Vital statistics of India. Vol. IV, Annual returns from 1871 to 1876. British Army of India, Native Army and jails of Bengal
Year: 1871
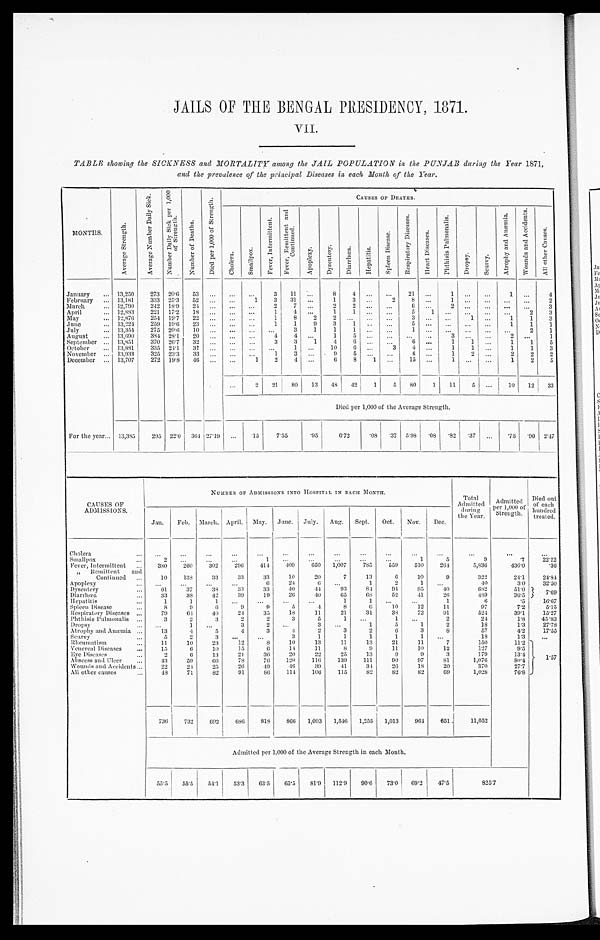
JAILS OF THE BENGAL PRESIDENCY, 1871.
TABLE showing the SICKNESS and MORTALITY among the JAIL POPULATION in the PUNJAB during the Year 1871,
and the prevalence of the principal Diseases in each Month of the Year.
MONTHS.
A v e r a g e S t r e n g t h .
A v e r a g e N u m b e r D a i l y S i c k .
N u m b e r d a i l y S i c k p e r 1 , 0 0 0 o f S t r e n g t h .
N u m b e r o f D e a t h s .
D i e d p e r 1 , 0 0 0 o f S t r e n g t h .
CAUSES or DEATHS.
C h o l e r a .
S m a l l p o x .
F e v e r , I n t e r m i t t e n t .
F e v e r , R e m i t t e d a n d C o n t i n u e d .
A p o p l e x y .
D y s e n t e r y .
D i a r r h œ a .
H e p a t i t i s .
S p l e e n D i s e a s e s .
R e s p i r a t o r y D i s e a s e s .
H e a r t D i s e a s e s .
p h t h i s i s P u l m o n a l i s .
D r o p s y .
S c u r v y .
A t r o p h y a n d A c c i d e n t s .
W o u n d s a n d A c c i d e n t s .
A l l o t h e r C a u s e s .
January ... 13,250
273 20.6 53 ... ... ...
3 11 ...
8
4
... ...
21 ...
1 ...
...
1 ...
4
February ... 13,181
333 25.3 52 ...
...
1
3 31
...
1
3
...
2
8
...
1
... ... ... ...
2
March
... 12,790 242 18.9 24 ... ... ...
2
7
...
2
2
... ...
6
...
2
... ... ... ...
3
April
... 12,883
221 17.2 18 ...
...
...
1
4 ...
1
1 ... ...
5
1 ... ...
... ...
2
3
May
... 12,876
254 19.7 22 ... ... ...
1
8
2
2
... ... ...
3 ... ...
1 ...
1
1
3
June
... 13,224
259 19.6 23 ... ... ...
1
1
9
3
1
. .
...
5
... ... ... ...
1
1
1
July
... 13,354 275 20.6 10 ... ... ... ...
3
1
1
1
... ...
1 ... ... ...
... ...
2
1
August
... 13,690
384 28.1
20
...
... ...
4
4
...
1
5
... ... ... ...
3
...
...
2
...
1
September ... 13,851
370 26.7 32 ... ...
...
3
3
1
4
6
... ...
6 ...
1
1 ...
1
1
5
October
... 13,881
335 24.1 31 ...
... ... ...
1 ...
10
6
...
3
4
...
1
1
...
1
1
3
November ... 13,933
325 23.3 33 ...
... ...
1
3
...
9
5 ... ...
6 ...
1
2
...
2
2
2
December ... 13,707
272 19.8
46
...
...
1
2
4
...
6
8
1 ...
15 ...
1 ... ...
1
2
5
...
2 21 80 13 48 42
1
5 80
1 11
5 ...
10 12 33
Died per 1,000 of the Average Strength.
For the year... 13,385
295 22.0 364 27.19 ... .15
7.55
.95
6.72
.08 .37 5.98
. 0 8 .82 .37 ... .75 .90 2. 47
CAUSES OF
ADMISSIONS.
NUMBER OF ADMISSIONS INTO HOSPITAL IN EACH MONTH.
Total Admitted
during
the Year.
Admi t t ed per 1, 000 of St r engt h.
D i e d o u t o f e a c h h u n d r e d
treated.
Jan. Feb. March. April. May. June. July. Aug. Sept. Oct. Nov. Dec.
C h o l e r a .
. . .
...
...
...
...
...
...
...
...
...
...
. . .
...
...
. . .
...
Smallpox
...
2
. . . ...
...
1
. . .
. . .
. . .
. . .
. . .
1
5
9
.7
22.22
Fever, Intermittent
. . . 380
260
302
296
414
409
650 1,007
785 559
510
264
5,836
436.0
.36
„ Remittent and
Continued
. . .
10
138
33
33
33
10
20
7
13
6
10
9
322
24.1
24.84
Apoplexy
. . . ...
...
...
...
6
24
6 ...
1
2
1 ...
40
3.0
32.50
Dysentery
...
61
37
38
33
33
40
4 4
93
84
94
85
40
682
51.0
7 . 6 9
Diarrhœa
...
33
38
42
39
19
26
40
65
68
52
41
2 6
489
36.5
Hepatitis
...
1
1
1
...
...
...
...
1
1
... ...
1
6
. 5
1 6 . 6 7
Spleen Disease
...
8
9
6
9
9
5
4
8
6
1 0
1 2
1 1
9 7
7 . 2
5 . 1 5
Respiratory Diseases ...
79
64
40
24
35
18
11
21
31
38
72
91
524
39.1
15.27
Phthisis pulmonalis ...
3
2
3
2
2
3
5
1 ...
1 ...
2
2.4
1.8
45.83
Dropsy
...
...
1
...
3
2
...
3 ...
1
5
1
2
18
1.3
27.78
Atrophy and Anæmia ...
13
4
5
4
3
4
2
3
2
6
3
8
57
4.2
17.55
Scurvy
...
5
2
3
æ ...
3
1
1
1
1
1
. . .
18
1.3
. . .
Rheumatism
...
11
10
23
12
8
10
13
11
13
21
11
7
150
11.2
1.57
Venereal Diseases
...
15
6
10
15
6
14
11
8
9
11
10
12
127
9.5
Eye Diseases
...
2
6
13
21
36
20
22
25
13
9
9
3
179
13.4
Abscess and Ulcer
...
4 3
59
66
78
76
120
116
139
111
90
97
81
1,076
80.4
Wounds and Accidents...
22
24
25
26
49
4 6
39
41
34
26
18
20
370
27.7
All other cause
. . .
48
71
82
91
8 6 114 106 115
82
82
82
69
1,028
76.8
736
732
692
686
818 866 1,093 1,546 1,255 1,013
964 651
11,052
Admitted per 1,000 of the Average Strength in each Month.
55.5 55.5 54.1
53.3 63.5
6 5 . 5
8 1 . 9 1 1 2 .
9
90.6 73.0 69.2
47.5
8 2 5 . 7